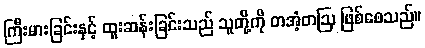
ကြီးမားခြင်းနှင့် ထူးဆန်းခြင်းသည် သူတို့ကို တအံ့တဩ ဖြစ်စေသည်။